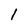
Character: 1